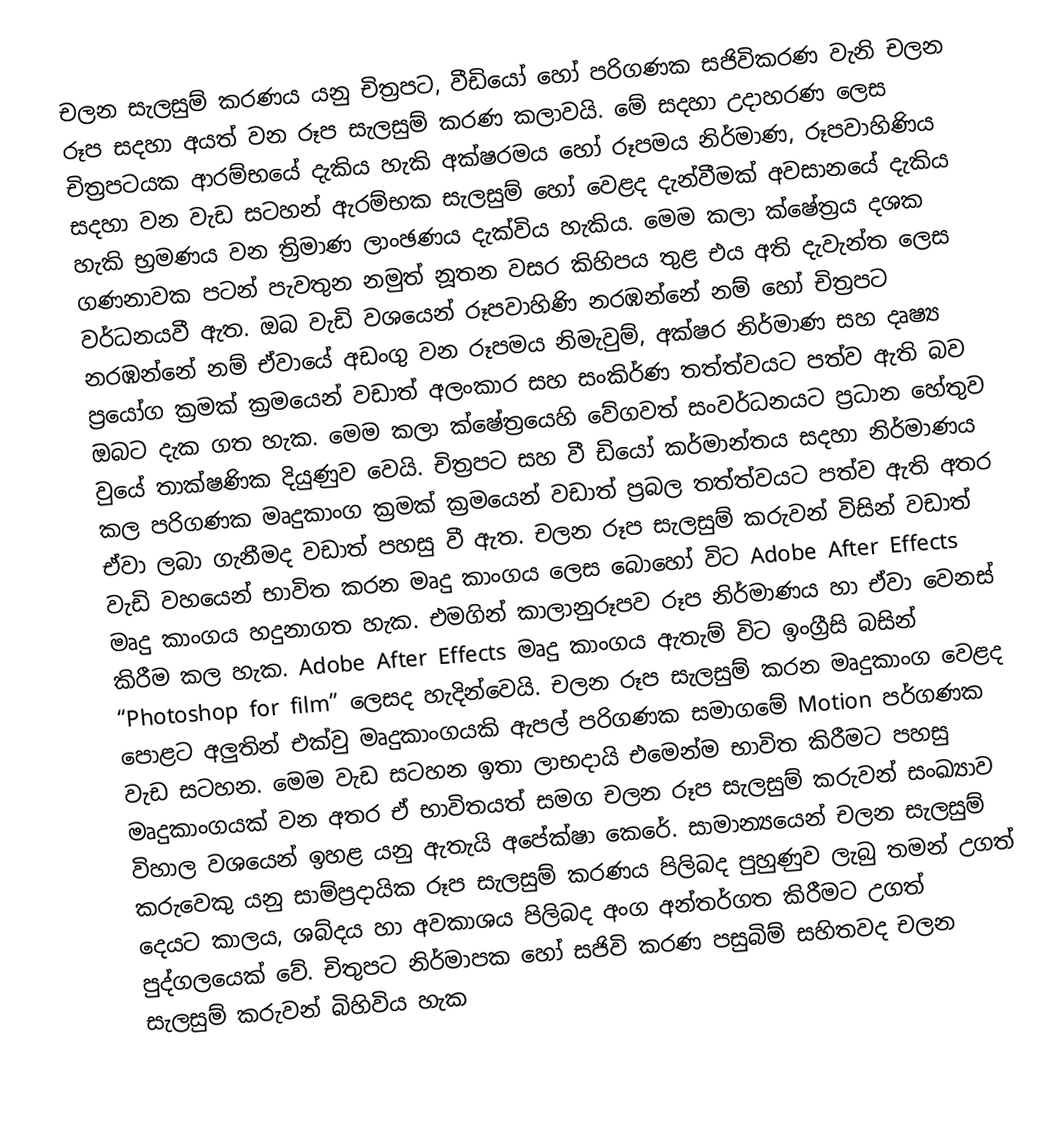
චලන සැලසුම් කරණය යනු චිත්‍රපට, වීඩියෝ හෝ පරිගණක සජිවිකරණ වැනි චලන රූප සදහා අයත් වන රූප සැලසුම් කරණ කලාවයි. මේ සදහා උදාහරණ ලෙස චිත්‍රපටයක ආරම්භයේ දැකිය හැකි අක්ෂරමය හෝ රූපමය නිර්මාණ, රූපවාහිණිය සදහා වන වැඩ සටහන් ඇරම්භක සැලසුම් හෝ වෙළද දැන්වීමක් අවසානයේ දැකිය හැකි භ්‍රමණය වන ත්‍රිමාණ ලාංඡණය දැක්විය හැකිය. මෙම කලා ක්ෂේත්‍රය දශක ගණනාවක පටන් පැවතුන නමුත් නූතන වසර කිහිපය තුළ එය අති දැවැන්ත ලෙස වර්ධනයවී ඇත. ඔබ වැඩි වශයෙන් රූපවාහිණි නරඹන්නේ නම් හෝ චිත්‍රපට නරඹන්නේ නම් ඒවායේ අඩංගු වන රූපමය නිමැවුම්, අක්ෂර නිර්මාණ සහ දෘෂ්‍ය ප්‍රයෝග  ක්‍රමක් ක්‍රමයෙන් වඩාත් අලංකාර සහ සංකිර්ණ තත්ත්වයට පත්ව ඇති බව ඔබට දැක ගත හැක. මෙම කලා ක්ෂේත්‍රයෙහි වේගවත් සංවර්ධනයට ප්‍රධාන හේතුව වුයේ තාක්ෂණික දියුණුව වෙයි. චිත්‍රපට සහ වී ඩියෝ කර්මාන්තය සදහා නිර්මාණය කල පරිගණක මෘදුකාංග ක්‍රමක් ක්‍රමයෙන් වඩාත් ප්‍රබල තත්ත්වයට පත්ව ඇති අතර ඒවා ලබා ගැනීමද වඩාත් පහසු වී ඇත. චලන රූප සැලසුම් කරුවන් විසින් වඩාත් වැඩි වහයෙන් භාවිත කරන මෘදු කාංගය ලෙස බොහෝ විට Adobe After Effects මෘදු කාංගය හදුනාගත හැක. එමගින් කාලානුරූපව රූප නිර්මාණය හා ඒවා වෙනස් කිරීම කල හැක. Adobe After Effects මෘදු කාංගය ඇතැම් විට ඉංග්‍රීසි බසින් “Photoshop for film” ලෙසද හැදින්වෙයි. චලන රූප සැලසුම් කරන මෘදුකාංග වෙළද පොළ‍ට අලුතින් එක්වු මෘදුකාංගයකි ඇපල් පරිගණක සමාගමේ Motion පර්ගණක වැඩ සටහන. මෙම වැඩ සටහන ඉතා ලාභදායි එමෙන්ම භාවිත කිරීමට පහසු මෘදුකාංගයක් වන අතර ඒ භාවිතයත් සමග චලන රූප සැලසුම් කරුවන් සංඛ්‍යාව විහාල වශයෙන් ඉහළ යනු ඇතැයි අපේක්ෂා කෙරේ. සාමාන්‍යයෙන් චලන සැලසුම් කරුවෙකු යනු සාම්ප්‍රදායික රූප සැලසුම් කරණය පිලිබද පුහුණුව ලැබු තමන් උගත් දෙයට කාලය, ශබ්දය හා අවකාශය පිලිබද අංග අන්තර්ගත කිරීමට උගත් පුද්ගලයෙක් වේ. චිතුපට නිර්මාපක හෝ සජිවි කරණ පසුබිම් සහිතවද චලන සැලසුම් කරුවන් බිහිවිය හැක